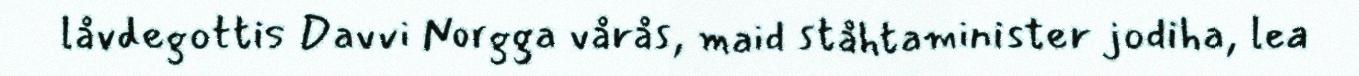
låvdegottis Davvi Norgga vårås, maid ståhtaminister jodiha, lea